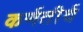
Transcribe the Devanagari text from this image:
कर्णतीर्थ